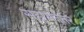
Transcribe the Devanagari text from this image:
सद्दामनंतर